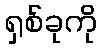
ရှစ်ခုကို